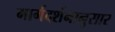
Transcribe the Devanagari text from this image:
मार्गदर्शनानुसार